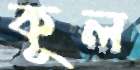
কূল